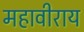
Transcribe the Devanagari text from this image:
महावीराय